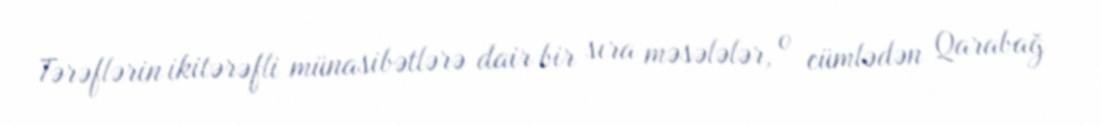
Tərəflərin ikitərəfli münasibətlərə dair bir sıra məsələlər, o cümlədən Qarabağ